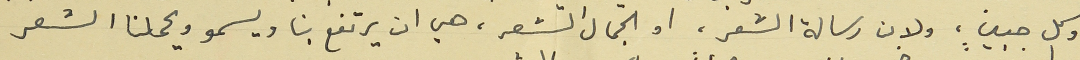
وكل جبينٍ، ولان رسالة الشعر، او الجمال الشعر، هي ان يرتفع بنا ويسمو ويحملنا الشعر